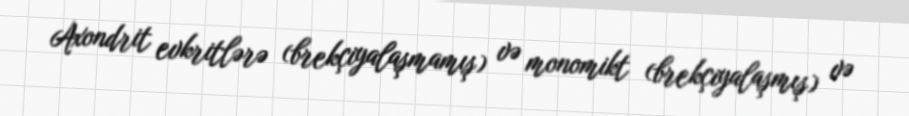
Axondrit evkritlərə (brekçiyalaşmamış) və monomikt (brekçiyalaşmış) və